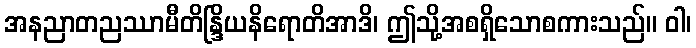
အနညာတညဿာမီတိန္ဒြိယနိရောတိအာဒိ၊ ဤသို့အစရှိသောစကားသည်။ ဝါ၊